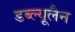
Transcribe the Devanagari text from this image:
डब्ल्यूलैन